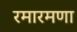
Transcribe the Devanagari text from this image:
रमारमणा